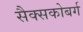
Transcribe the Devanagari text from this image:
सैक्सकोबर्ग